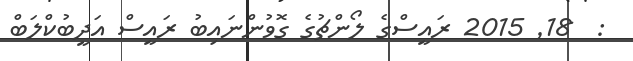
:  18